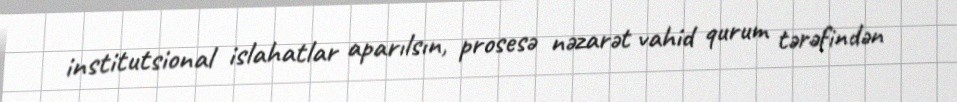
institutsional islahatlar aparılsın, prosesə nəzarət vahid qurum tərəfindən